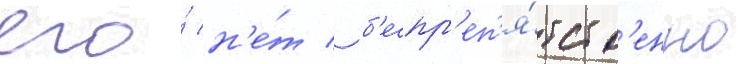
его́ н'е́т / б'еспр'еп'я́тств'енно